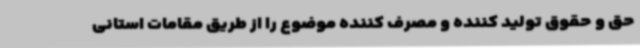
حق و حقوق تولید کننده و مصرف کننده موضوع را از طریق مقامات استانی